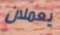
يعملان